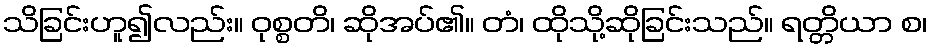
သိခြင်းဟူ၍လည်း။ ဝုစ္စတိ၊ ဆိုအပ်၏။ တံ၊ ထိုသို့ဆိုခြင်းသည်။ ရတ္တိယာ စ၊